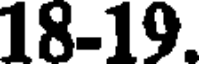
18-19.